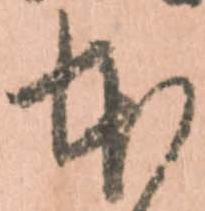
本